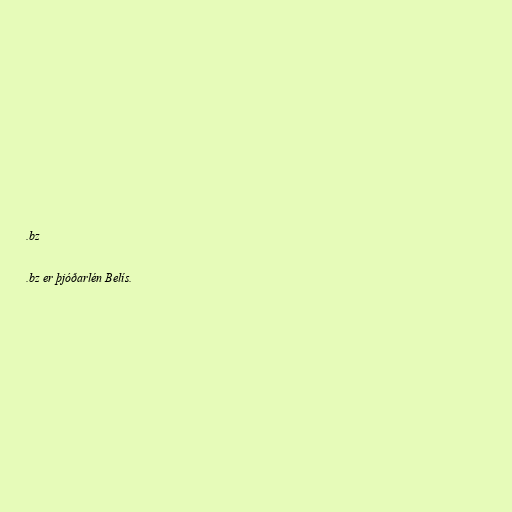
.bz

.bz er þjóðarlén Belís.